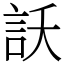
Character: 訞